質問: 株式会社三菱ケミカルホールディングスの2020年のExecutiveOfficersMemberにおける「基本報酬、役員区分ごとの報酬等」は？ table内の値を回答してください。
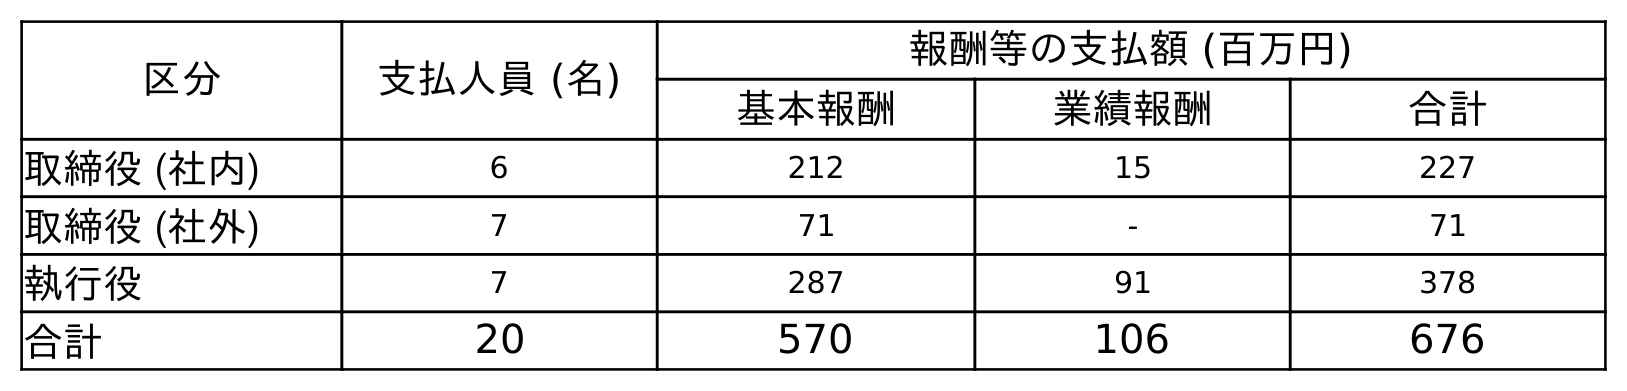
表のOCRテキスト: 区分 支払人員 (名) 報酬等の支払額 (百万円) 基本報酬 業績報酬 合計 取締役 (社内) 6 212 15 227 取締役 (社外) 7 71 - 71 執行役 7 287 91 378 合計 20 570 106 676
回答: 287